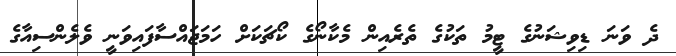
ދެ ވަނަ ޑިވިޝަނުގެ ޓީމު ތަކުގެ ތެރެއިން މެކާނޯގެ ކޯޗަކަށް ހަމަޖައްސާފައިވަނީ ވެލެންސިއާގެ